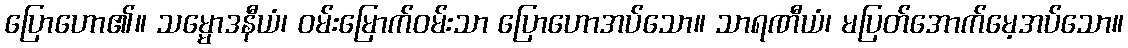
ပြောဟော၏။ သမ္မောဒနီယံ၊ ဝမ်းမြောက်ဝမ်းသာ ပြောဟောအပ်သော။ သာရဏီယံ၊ မပြတ်အောက်မေ့အပ်သော။